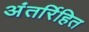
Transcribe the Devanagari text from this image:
अंतर्रिहित